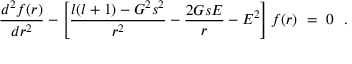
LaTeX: { \frac { d ^ { 2 } f ( r ) } { d r ^ { 2 } } } - \left[ { \frac { l ( l + 1 ) - G ^ { 2 } s ^ { 2 } } { r ^ { 2 } } } - { \frac { 2 G s E } { r } } - E ^ { 2 } \right] f ( r ) ~ = ~ 0 ~ ~ .